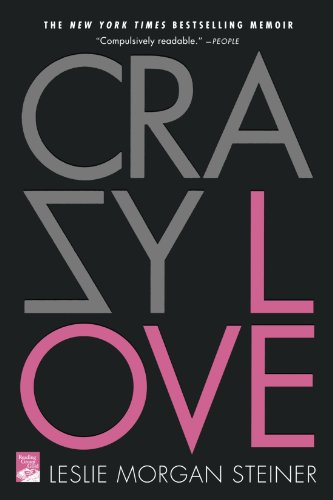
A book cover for Crazy Love; Leslie Morgan Steiner; Parenting & Relationships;